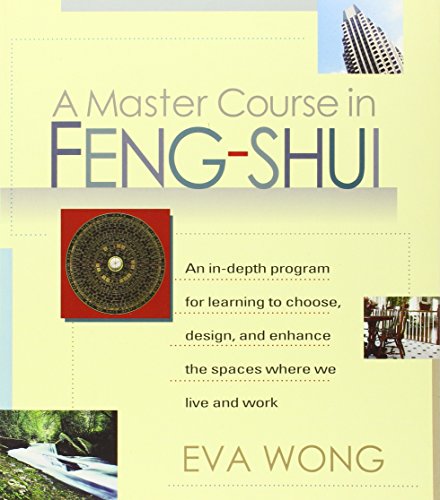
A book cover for A Master Course in Feng-Shui; Eva Wong; Religion & Spirituality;